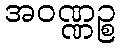
အဝဏ္ဏဉ္စ